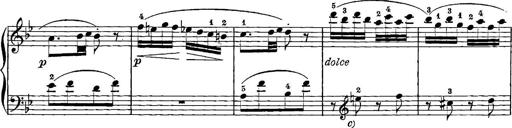
Title: 12 Sonatinas
Composer: Ignaz Pleyel